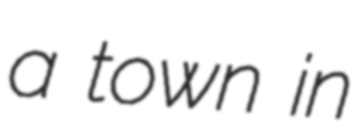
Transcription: a town in